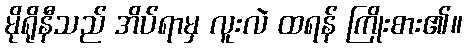
မိုရိုနီသည် အိပ်ရာမှ လူးလဲ ထရန် ကြိုးစား၏။